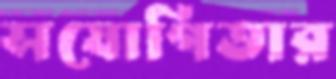
সযোগিতার